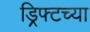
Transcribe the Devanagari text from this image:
ड्रिफ्टच्या